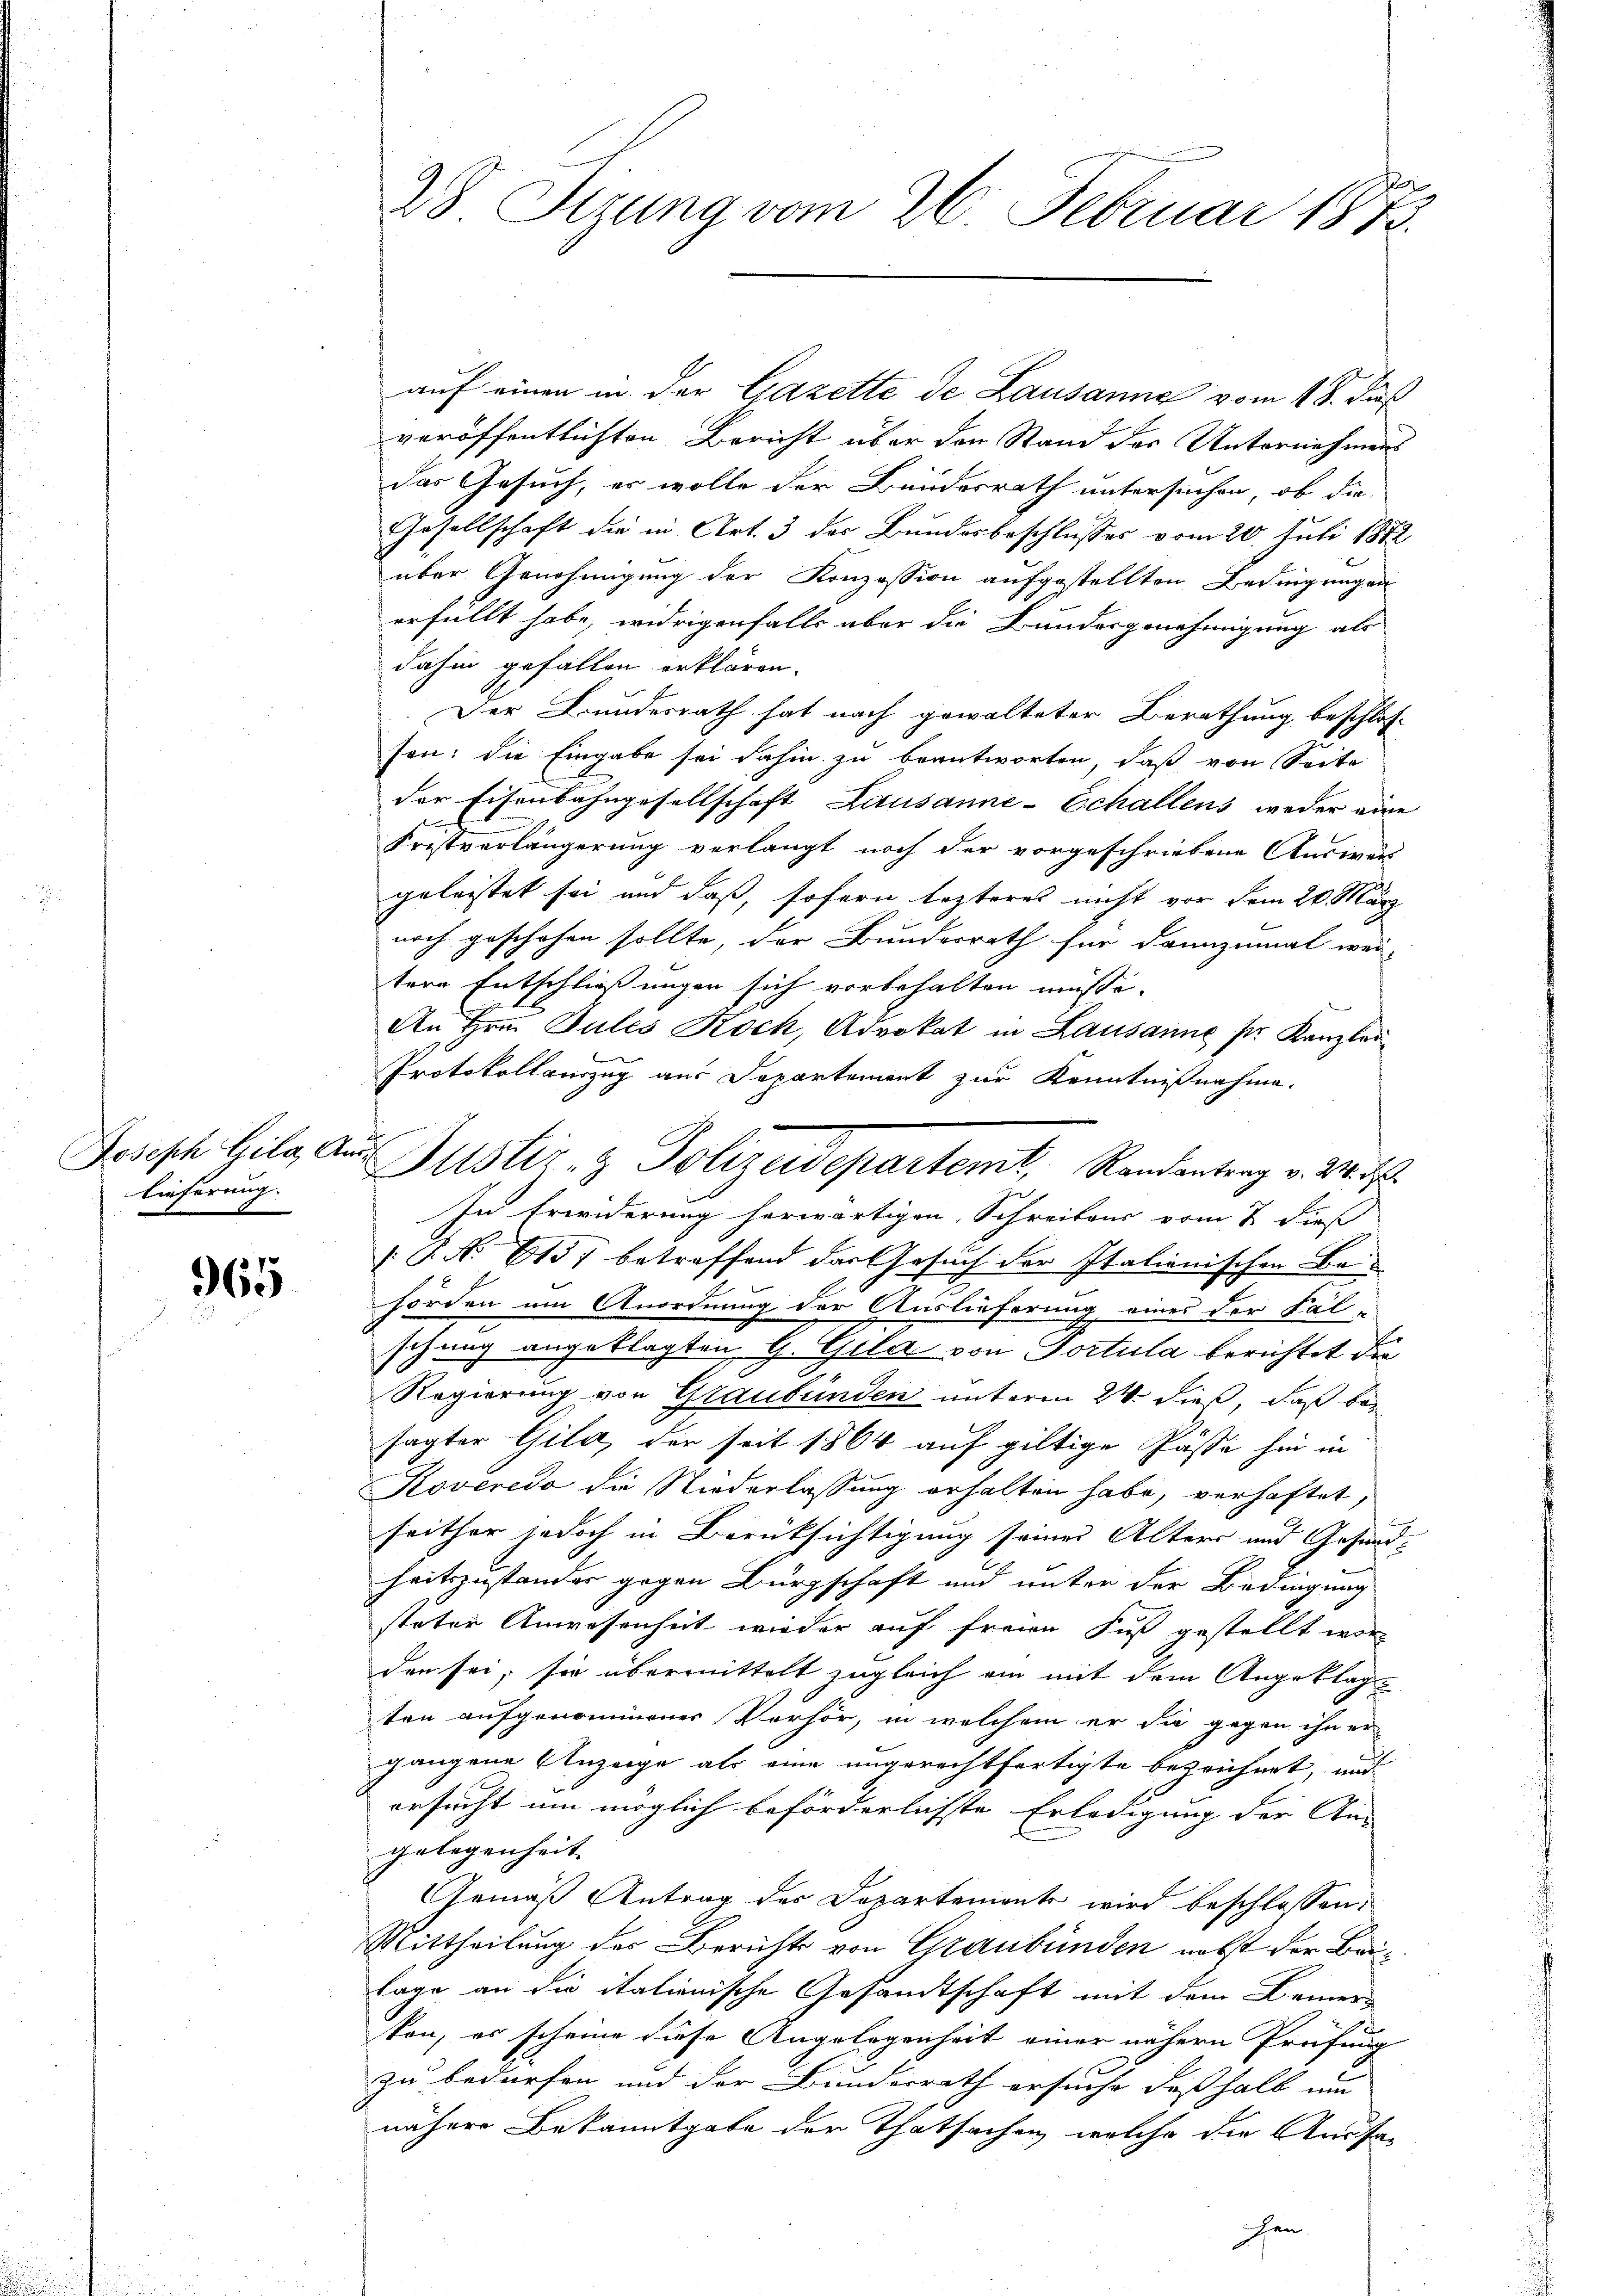
Joseph Gila, An
lieferung.

965

28. Sitzung vom 26. Februar 1873.

auf einen in der Gazette de Lausanne vom 18. daß
veröffentlichten Bericht über den Stand der Unternehmens
das Gesuch, er wolle der Bundesrath untersuchen, ob die
Gesellschaft die in Art. 3 der Bundesbeschlusses vom 20. Juli 1872
über Genehmigung der Konzession aufgestellten Bedingungen
erfüllt habe, widrigenfalls aber die Bundesgenehmigung als
dahin gefallen erklären.
Der Bundesrath hat nach gewalteter Berathung beschlos-
son: die Eingabe sei dahin zu beantworten, daß von Seite
der Eisenbahngesellschaft Lausanne-Echallens weder eine
.
h
Fristverlängerung verlangt noch der vorgeschriebene Ausweis-
geleistet sei und daß, sofern lezteres nicht vor dem 20. März
noch geschehen sollte, der Bundesrath für dannzumal wei-
tere Entschließungen sich vorbehalten müsse.
l
An Hrn. Julis Rock, Advokat in Lausanne pr. Kanzler
Protokollauszug aus Departement zur Kenntnißnahme.
In Erwiderung herwärtigen, Schreibens vom 7 dieß
[No 6157 betreffend das Gesuch der Italienischen Behorden um Anordnung der Auslieferung eines der Fal-
schung angeklagten G. Geld von Portula berichtet die
Regierung von Graubünden unterm 24. dieß, daß be
sagter Gila, der seit 1864 auf giltige Pässe hin in
Koveredo die Niederlassung erhalten habe, verhaftet,
seither jedoch in Berüksichtigung seines Alters und Gesund-
heitszustander gegen Bürgschaft und unter der Bedingung
steter Anwesenheit wieder auf freien Fuß gestellt wor-
den sei; sie übermittelt zugleich ein mit dem Angeklagten aufgenommener Verhör, in welchem er die gegen ihn er
gangene Anzeige als eine ungerechtfertigte bezeichnet, und
ersucht um möglich beförderlichste Erledigung der An-
gelegenheit
Gemäß Antrag der Departemente wird beschlossen:
Mittheilung des Berichts von Graubünden nebst der Beilage an die itationische Gesandtschaft mit dem Bemer-
kon, es scheine diese Angelegenheit einer nähern Prüfung
zu bedürfen und der Bundesrath ersuche deshalb um
nähere Bekanntgabe der Thatsachen, welche die Aussa-

r
Justiz- & Polizeisepartemt, Randantrag v. 24. d.